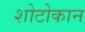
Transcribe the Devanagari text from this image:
शोटोकान